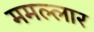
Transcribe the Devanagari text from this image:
ममल्लार